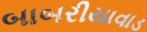
બાબરીયાવાડ